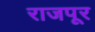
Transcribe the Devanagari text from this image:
राजपूर